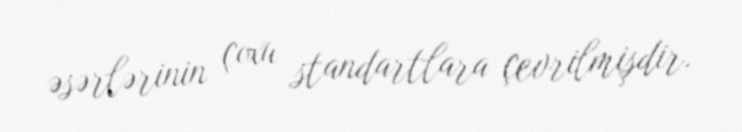
əsərlərinin çoxu standartlara çevrilmişdir.